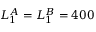
L _ { 1 } ^ { A } = L _ { 1 } ^ { B } = 4 0 0